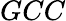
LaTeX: GCC